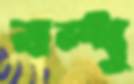
বন্ধু